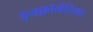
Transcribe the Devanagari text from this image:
इनफ़ॉर्मेटिक्स